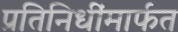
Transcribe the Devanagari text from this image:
प्रतिनिधींमार्फत